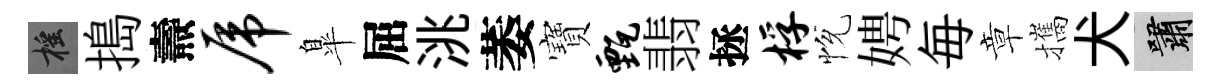
摇搗燾虎臯屈洮萎寶甄翡拯桴恱娉毎章攜犬嘯